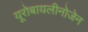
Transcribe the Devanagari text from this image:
यूरोबायलीनोजेन